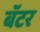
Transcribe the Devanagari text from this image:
बॅटर